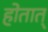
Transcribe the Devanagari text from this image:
होतात्